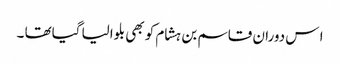
ا س دوران قاسم بن ہشام کو بھی بلوالیا گیاتھا ۔